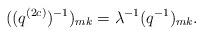
LaTeX: \begin{align*}((q^{(2c)})^{-1})_{mk}=\lambda^{-1}(q^{-1})_{mk}.\end{align*}